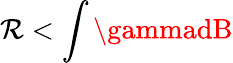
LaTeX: \mathcal{R}<\int\gammadB